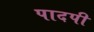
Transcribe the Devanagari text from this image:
पादपी